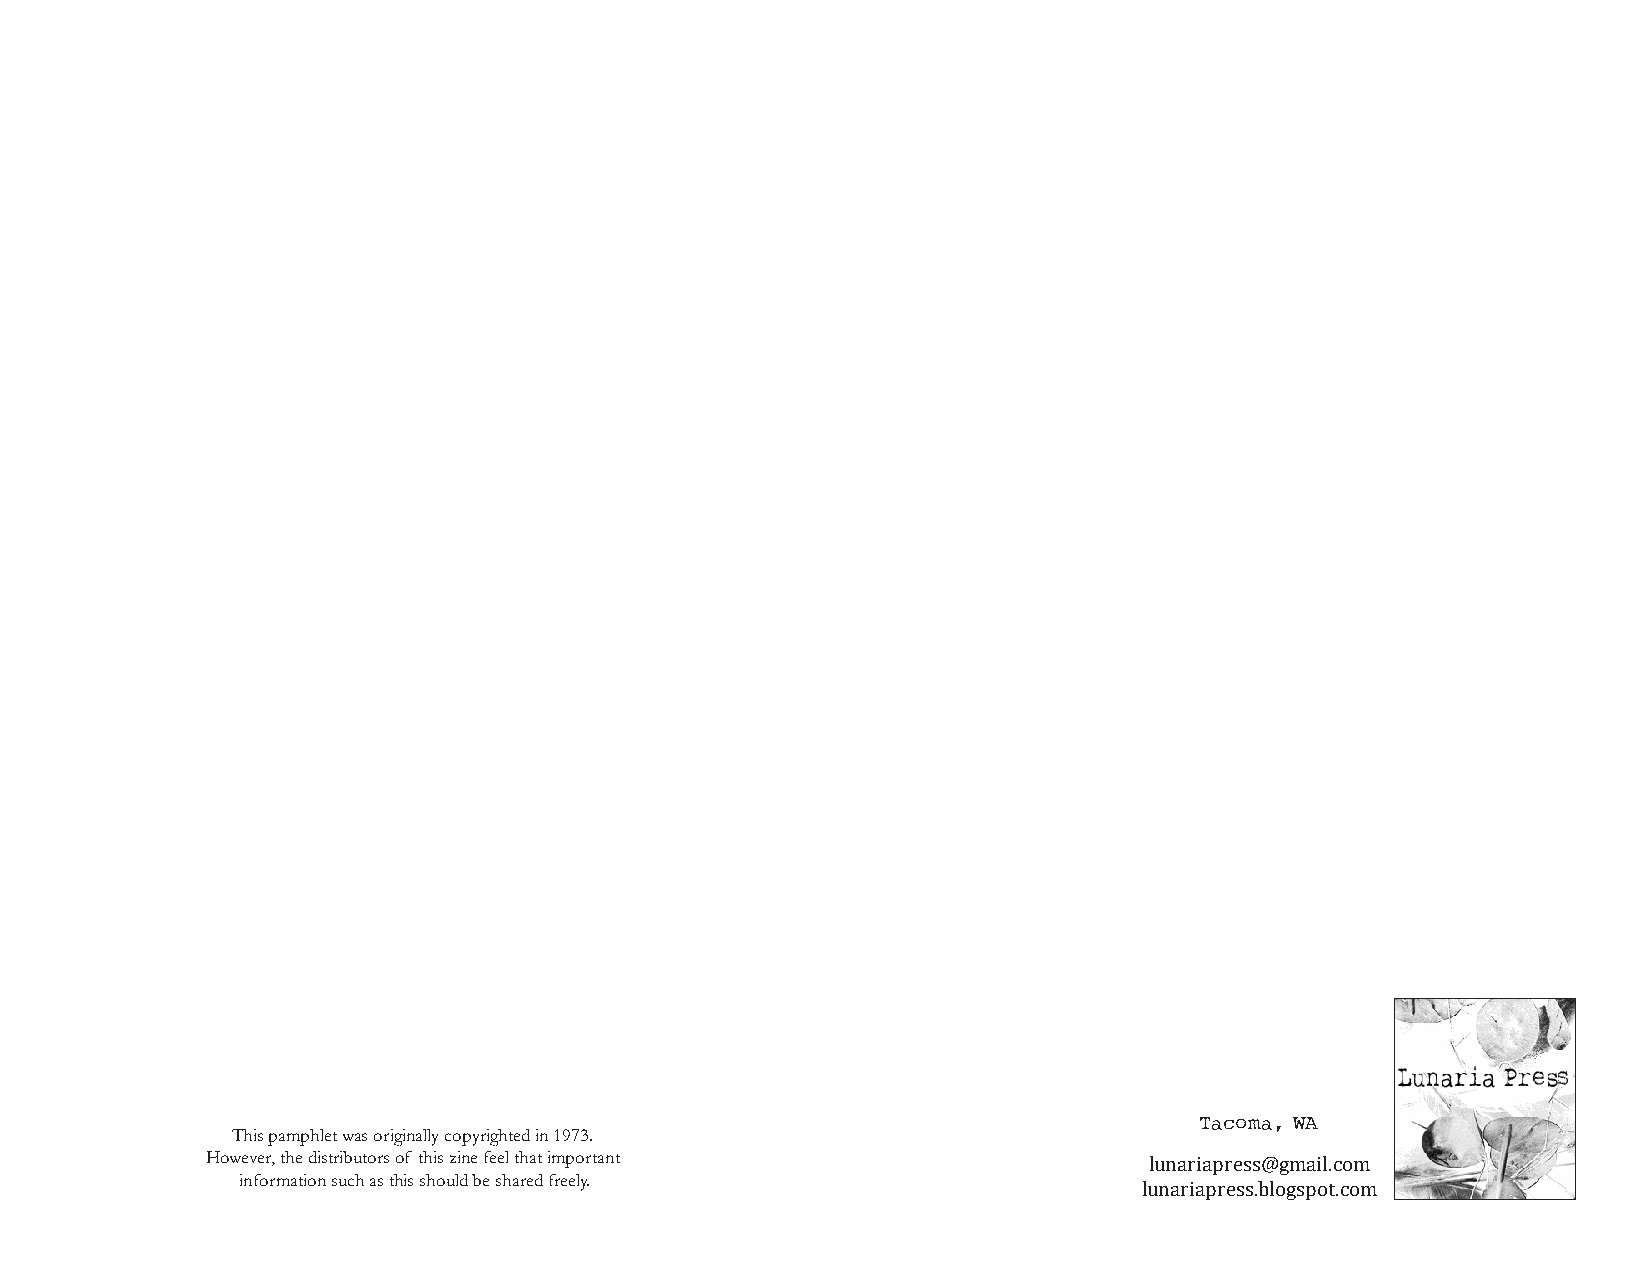
Tacoma, WA
 This pamphlet was originally copyrighted in 1973.
 However, the distributors of this zine feel that important    lunariapress@gmail.com
 information such as this should be shared freely.
 lunariapress.blogspot.com